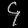
Digit: ၄